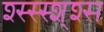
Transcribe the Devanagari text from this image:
श्स्स्स्श्श्स